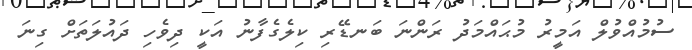
ސުމުއްވުލް އަމީރު މުޙައްމަދު ރަންނަ ބަނޑޭރި ކިލެގެފާނު އަކީ ދިވެހި ދައުލަތަށް ގިނަ